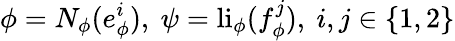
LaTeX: \phi=N_{\phi}(e_{\phi}^{i}),\ \psi=\mathrm{li}_{\phi}(f_{\phi}^{j}),\ i,j\in\{ 1,2\}